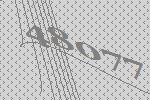
48077